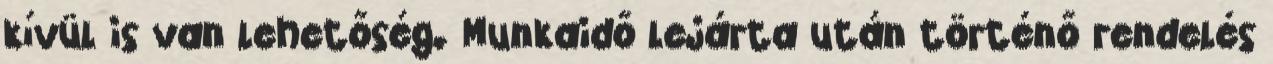
kívül is van lehetőség. Munkaidő lejárta után történő rendelés